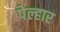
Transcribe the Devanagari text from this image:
पेल्हार